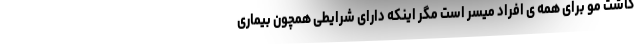
کاشت مو برای همه ی افراد میسر است مگر اینکه دارای شرایطی همچون بیماری